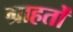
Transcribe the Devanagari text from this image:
ग्राहतों